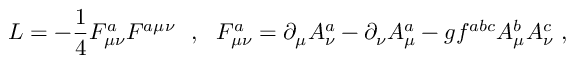
{ \cal L } = - \frac { 1 } { 4 } F _ { \mu \nu } ^ { a } F ^ { a \mu \nu } \ \ , \ \ F _ { \mu \nu } ^ { a } = \partial _ { \mu } A _ { \nu } ^ { a } - \partial _ { \nu } A _ { \mu } ^ { a } - g f ^ { a b c } A _ { \mu } ^ { b } A _ { \nu } ^ { c } \ ,